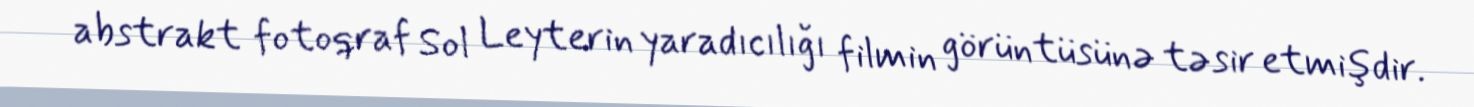
abstrakt fotoqraf Sol Leyterin yaradıcılığı filmin görüntüsünə təsir etmişdir.